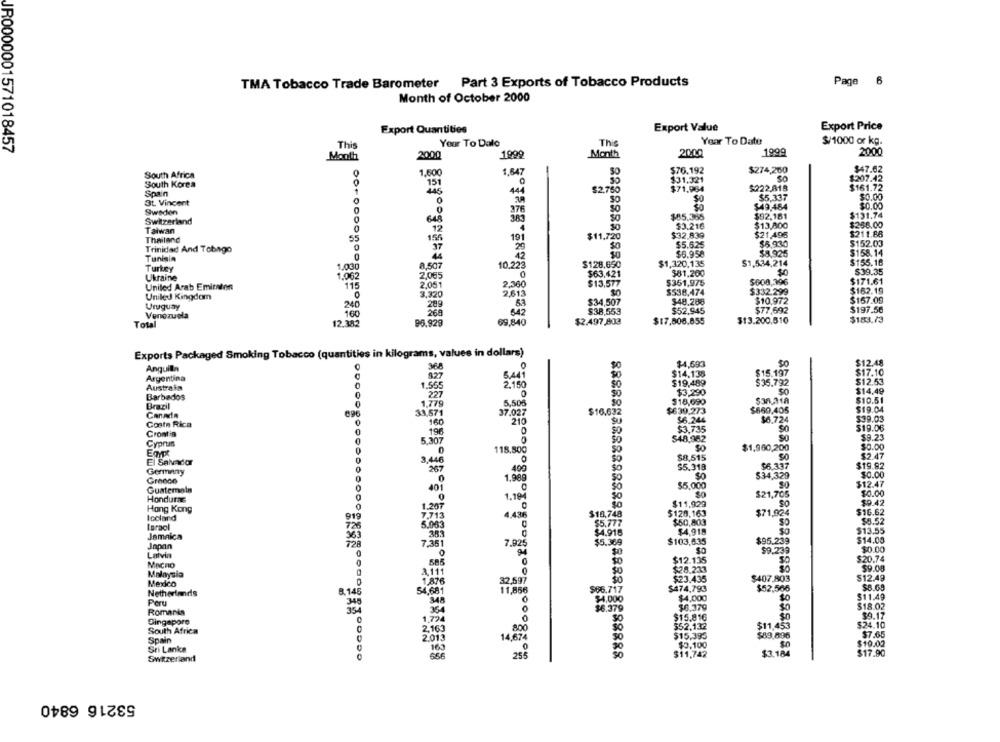
Page 6
TMA Tobacco Trade Barometer Part 3 Exports of Tobacco Products
Month of October 2000
Export Value
Export Price
Export Quantities
Year To Dalo
Year To Date
$/1000 or kg.
JR0000001571018457
This
This
Month
2000
1999
Month
2000
1999
2000
1.600
1,647
$76,192
$274,200
$47.62
South Africa
$31.321
30
$207.42
South Korea
151
Span
445
444
$2.750
$71,984
$222.818
$161.72
St. Vincent
0
$0
$5.337
$0.00
376
$49.484
$0.00
Sweden
$85,365
$92.181
$131.74
Switzerland
648
383
Taiwan
12
$3.216
$13,800
$258.00
55
155
191
$11.720
$32,839
$21,496
$211.88
Thailand
26
$5.625
$5.930
$152.03
Trinidad And Tobago
37
$6.958
$8,925
$158.14
Tunisia
0
42
Turkey
8.507
10.223
$128.650
$1,320,135
$1,534,214
$155.16
$63,421
$81.200
$0
$39.35
Ukraine
$351,975
$008,396
$171.61
United Arab Emirden
115
2,360
$162.19
United Kingdom
2.613
$538.474
$332.299
Uruguay
240
$48.288
$10.972
$167.09
642
$52.945
$77,692
$197.56
Venezuela
268
$13.200,510
$183.73
Total
12.382
96.929
69,840
$2.497,803
$17,806.855
Exports Packaged Smoking Tobacco (quantities in kilograms, values in dollars)
$4,693
$0
$12.48
Anguilla
368
$0
$14.138
$15.197
Argentina
827
5,441
$17.10
Austrais
0
1.565
2.150
$19,489
$35.792
$12.53
227
$3,290
$14,49
Barbados
$18,690
$38,318
$10.51
Brazil
0
5,505
$660,405
$19.04
Canada
696
33,571
37.027
$16.632
Costa Rica
210
$6.244
$6.724
$39.03
0
196
$19.06
Croatia
$48,962
SO
$9.23
Cyprus
0
118.800
$1,960,200
$0.00
El Salvador
0
$8,515
$5.47
267
400
$5.318
$6.337
$19.92
Germany
0
$34,329
$0.00
Greece
0
1.989
So
$12.47
Guatemala
0
401
$5,000
Honduras
$21,705
$0.00
0
$11.929
SO
$9.42
Hong Kong
1.207
$71,924
$16.62
Iceland
919
7.713
4.436
$18,748
$120,163
$8.52
Laraol
5.063
$5.777
$50,803
Jamaica
$4.918
$13.55
$5.369
$103,635
$95.239
$14.00
Japan
728
7,381
7.925
$9.239
$0.00
Latvia
0
$0
MACRO
0
50
$12.135
$20.74
$28.233
50
59.00
Malaysia
$23.435
$407.803
$12.49
Mexico
32,597
$8.69
Netherlands
8.145
54,681
11,856
6.717
$474,793
$52,566
Peru
£4,000
$4.000
$0
$11.49
$6,379
$6.379
$18.02
Romania
$9.17
Singapore
0
1,79€
$15.816
$52,132
$24.10
South Africa
2 163
800
$11,453
Spain
14,674
$15,395
$89.896
$7.65
2.01
30
$3.100
$10.02
Sri Lanka
SO
$11,742
$3.184
$17.90
Switzerland
288
53216 6840